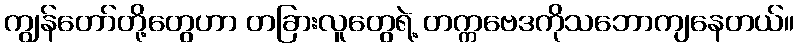
ကျွန်တော်တို့တွေဟာ တခြားလူတွေရဲ့ တက္ကဗေဒကိုသဘောကျနေတယ်။